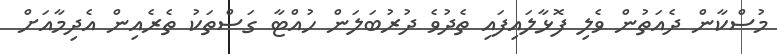
މުސްކާން ދެއަތުން ވެލި ފޮޅާލައިފައި ތެދުވެ ދުރުބަލަން ހުއްޓާ ގަސްތަކު ތެރެއިން އެދިމާއަށް